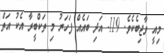
މިއީ ވާޖިބެކެވެ. 119- އަދި ބައެއް ފަހަރު މި ތަކްބީރާ އެކު އަތް